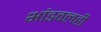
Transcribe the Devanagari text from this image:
भांडवलही